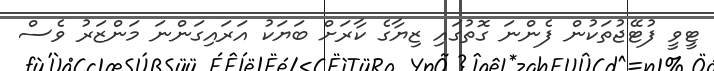
ޓީވީ ފުޓޭޖުތަކުން ފެންނަ ގޮތުގައި ޒިޔާގެ ކާރަށް ބަޔަކު އަރައިގަންނަ މަންޒަރު ވެސް